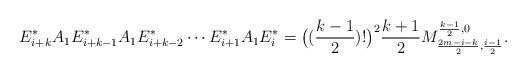
LaTeX: \begin{align*}E^*_{i+k}A_1E^*_{i+k-1}A_1E^*_{i+k-2}\cdots E^*_{i+1}A_1E^*_{i}=\big((\frac{k-1}{2})!\big)^2\frac{k+1}{2} M^{\frac{k-1}{2},0}_{\frac{2m-i-k}{2},\frac{i-1}{2}}.\end{align*}